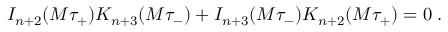
I _ { n + 2 } ( M \tau _ { + } ) K _ { n + 3 } ( M \tau _ { - } ) + I _ { n + 3 } ( M \tau _ { - } ) K _ { n + 2 } ( M \tau _ { + } ) = 0 \; .